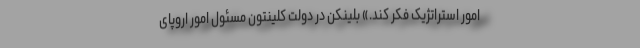
امور استراتژیک فکر کند.» بلینکن در دولت کلینتون مسئول امور اروپای